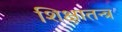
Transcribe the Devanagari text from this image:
शिक्षातन्त्र